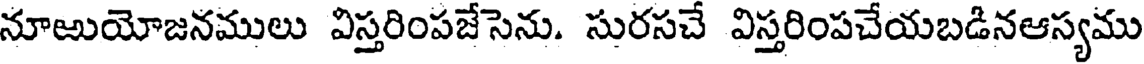
నూఱుయోజనములు విస్తరింపజేసెను. సురసచే విస్తరింపచేయబడినఆస్యము